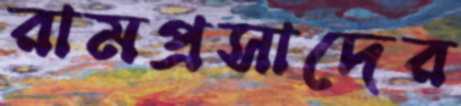
রামপ্রসাদের